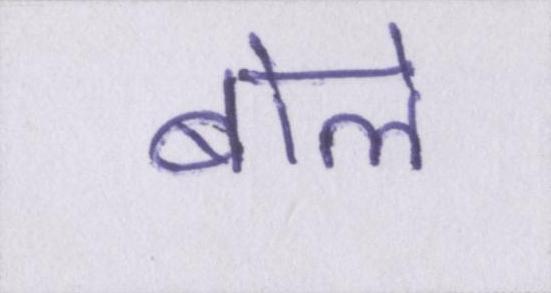
बोले